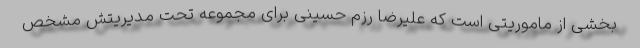
بخشی از ماموریتی است که علیرضا رزم حسینی برای مجموعه تحت مدیریتش مشخص